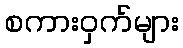
စကားဝှက်များ